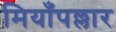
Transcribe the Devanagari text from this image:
मियाँपल्लार